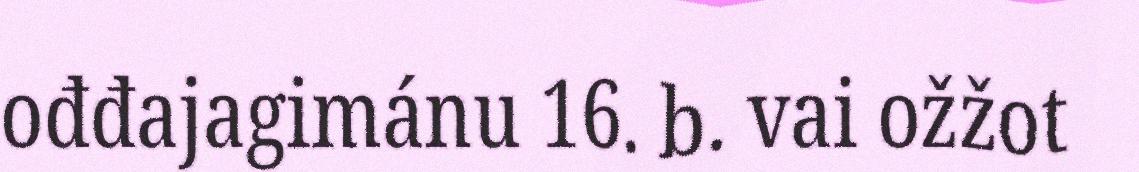
ođđajagimánu 16. b. vai ožžot